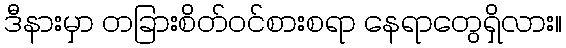
ဒီနားမှာ တခြားစိတ်ဝင်စားစရာ နေရာတွေရှိလား။